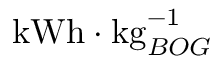
\mathrm { k W h } \cdot \mathrm { k g } _ { B O G } ^ { - 1 }